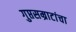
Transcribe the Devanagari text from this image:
गुप्तसम्राटांचा